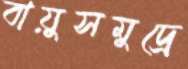
বায়ুসমুদ্রে